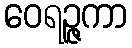
ဝေရဉ္ဇကာ